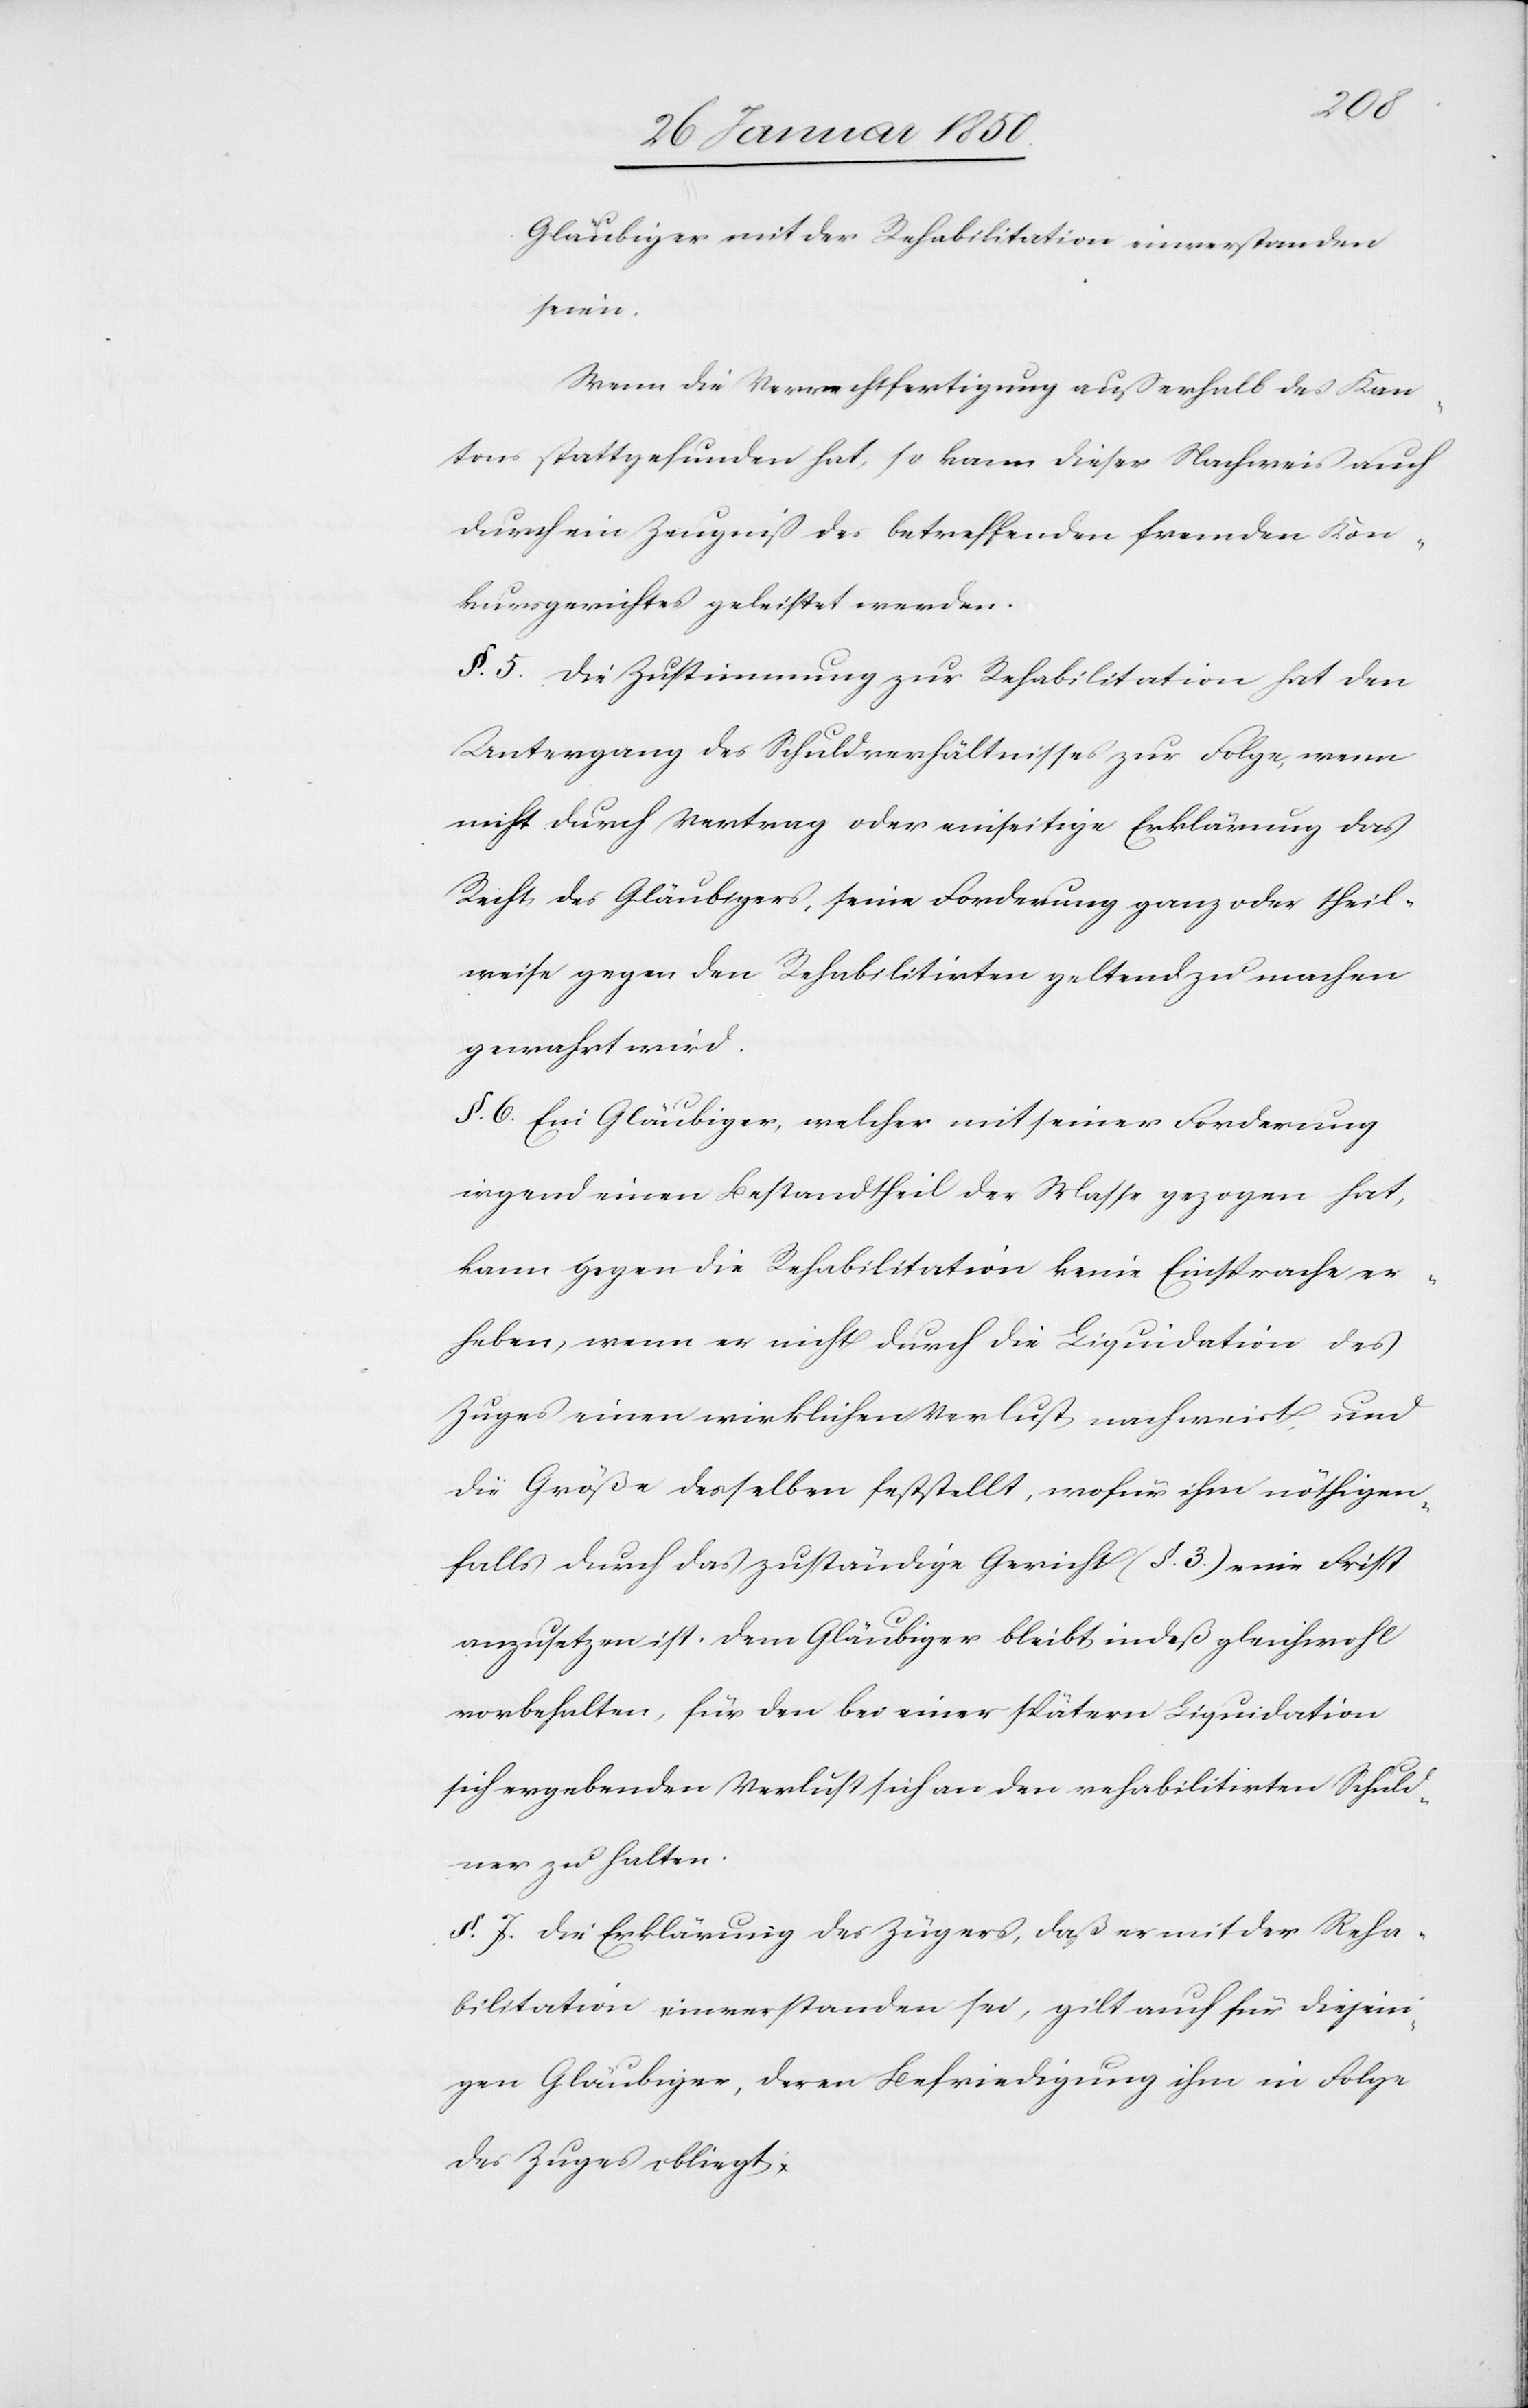
Gläubiger mit der Rehabilitation einverstanden
seien.
Wenn die Verrechtfertigung außerhalb des Kan¬
tons stattgefunden hat, so kann dieser Nachweis auch
durch ein Zeugniß des betreffenden fremden Kon¬
kursgerichtes geleistet werden.
§. 5. Die Zustimmung zur Rehabilitation hat den
Untergang des Schuldverhältnisses zur Folge, wenn
nicht durch Vertrag oder einseitige Erklärung das
Recht des Gläubigers, seine Forderung ganz oder theil¬
weise gegen den Rehabilitirten geltend zu machen
gewahrt wird.
§. 6. Ein Gläubiger, welcher mit seiner Forderung
irgend einen Bestandtheil der Masse gezogen hat,
kann gegen die Rehabilitation keine Einsprache er¬
heben, wenn er nicht durch die Liquidation des
Zuges einen wirklichen Verlust nachweist, und
die Größe desselben feststellt, wofür ihm nöthigen¬
falls durch das zuständige Gericht (§. 3.) eine Frist
anzusetzen ist. Dem Gläubiger bleit indeß gleichwohl
vorbehalten, für den bei einer spätern Liquidation
sich ergebenden Verlust sich an den rehabilitirten Schuld¬
ner zu halten.
§. 7. Die Erklärung des Zügers, daß er mit der Reha¬
bilitation einverstanden sei, gilt auch für diejeni¬
gen Gläubiger, deren Befriedigung ihm in Folge
des Zuges obliegt.